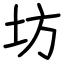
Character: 坊